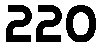
220